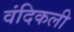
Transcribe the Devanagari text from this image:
वंदिकली